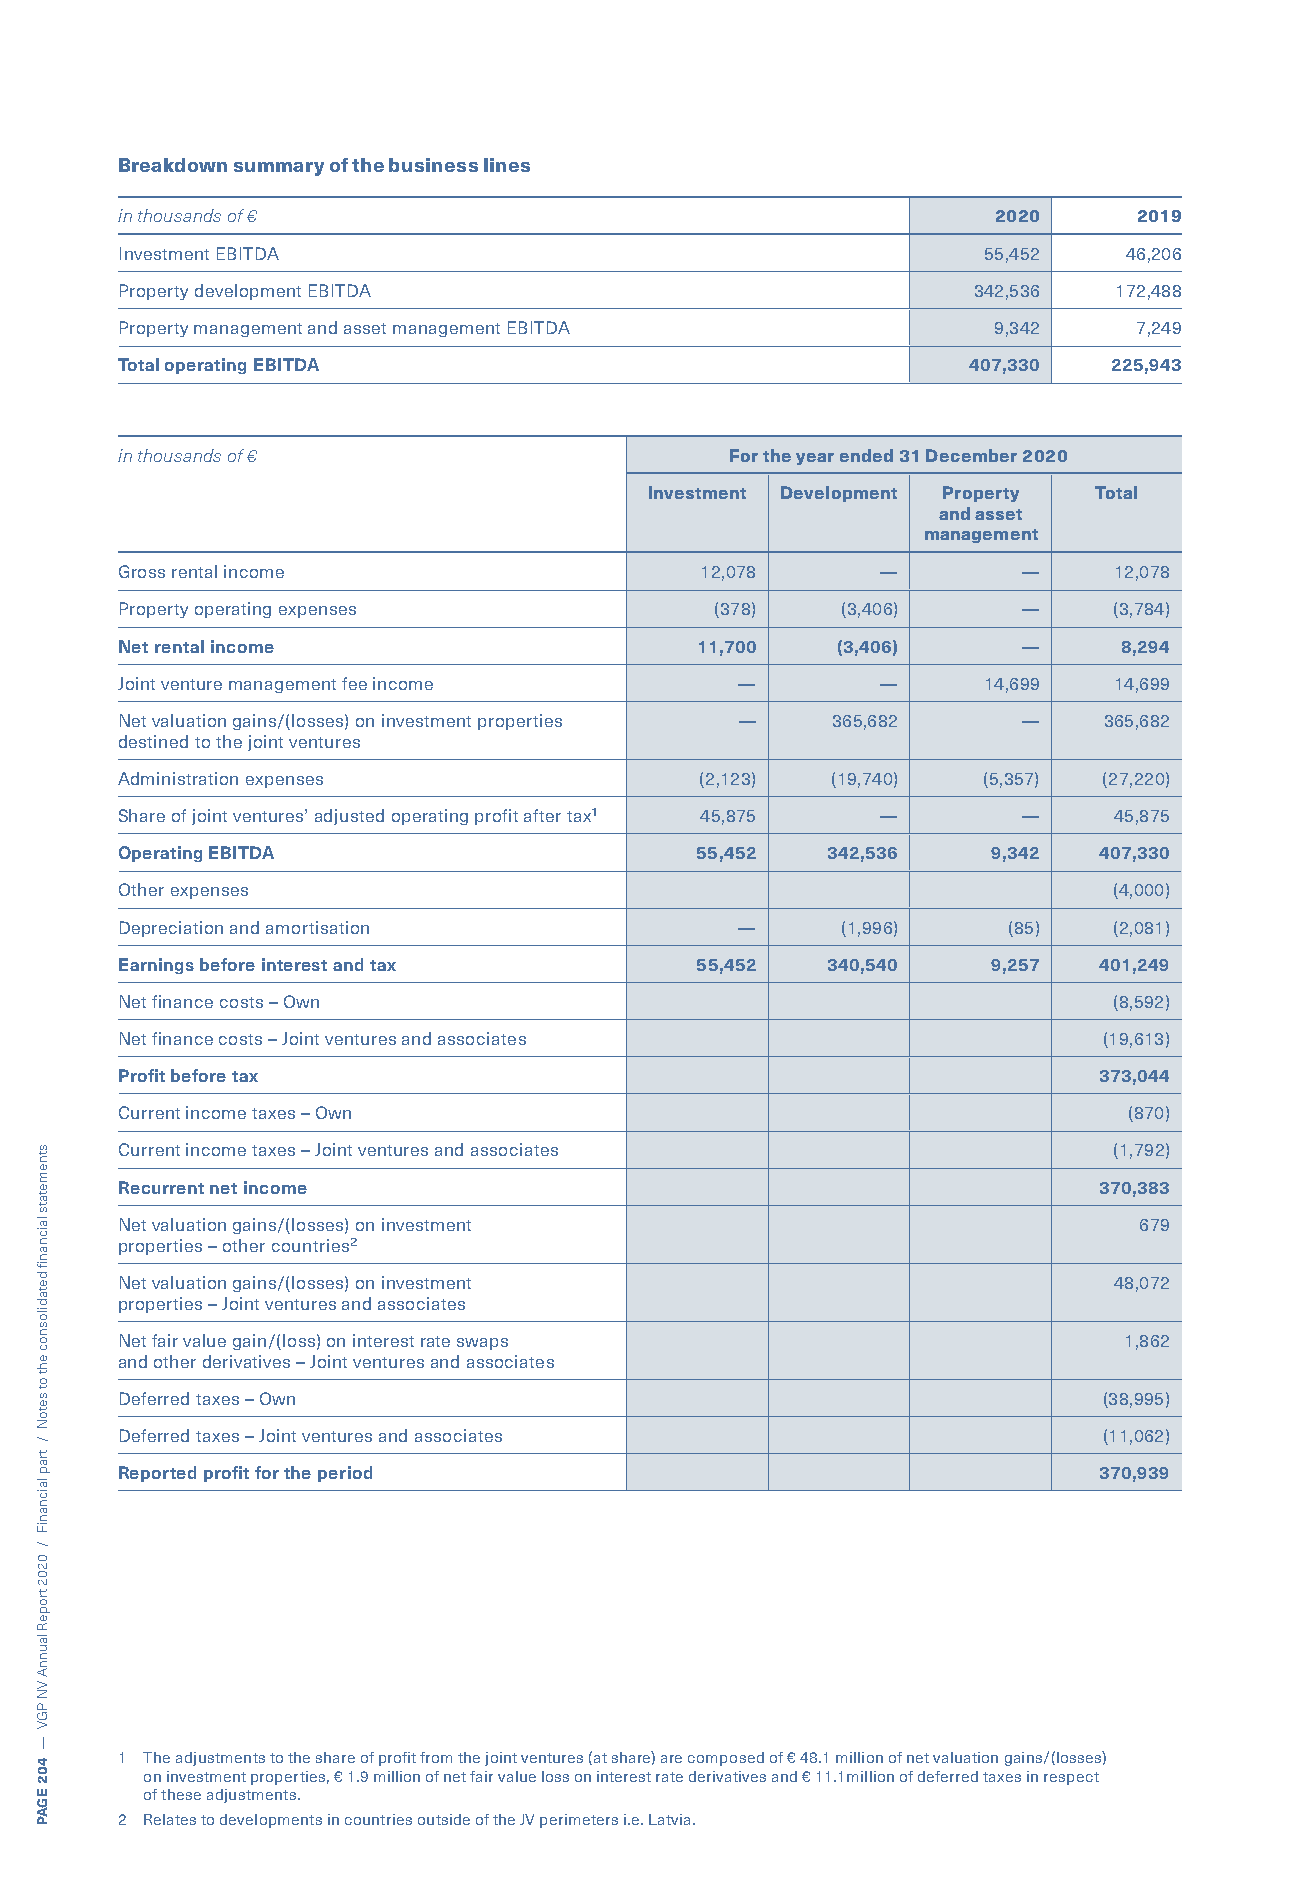
Breakdown summary of the business lines
 in thousands of €                                         2020     2019
 Investment EBITDA                                        55,452   46,206
 Property development EBITDA                             342,536   172,488
 Property management and asset management EBITDA           9,342    7,249
 Total operating EBITDA                                  407,330  225,943
 in thousands of €                       For the year ended 31 December 2020
 Investment Development Property Total
 and asset
 management
 Gross rental income                   12,078      —         —     12,078
 Property operating expenses            (378)    (3,406)     —     (3,784)
 Net rental income                     11,700   (3,406)      —     8,294
 Joint venture management fee income      —        —      14,699   14,699
 Net valuation gains/(losses) on investment properties — 365,682 — 365,682
 destined to the joint ventures
 Administration expenses               (2,123)  (19,740)  (5,357) (27,220)
 Share of joint ventures’ adjusted operating profit after tax¹ 45,875 — — 45,875
 Operating EBITDA                      55,452   342,536    9,342  407,330
 Other expenses                                                    (4,000)
 Depreciation and amortisation            —      (1,996)    (85)   (2,081)
 Earnings before interest and tax      55,452   340,540    9,257  401,249
 Net finance costs – Own                                           (8,592)
 Net finance costs – Joint ventures and associates                (19,613)
 Profit before tax                                                373,044
 Current income taxes – Own                                         (870)
 Current income taxes – Joint ventures and associates              (1,792)
 Recurrent net income                                             370,383
 Net valuation gains/(losses) on investment                         679
 properties – other countries²
 Net valuation gains/(losses) on investment                        48,072
 properties – Joint ventures and associates
 Net fair value gain/(loss) on interest rate swaps                 1,862
 and other derivatives – Joint ventures and associates
 Deferred taxes – Own                                             (38,995)
 Deferred taxes – Joint ventures and associates                   (11,062)
 Reported profit for the period                                   370,939
 1 The adjustments to the share of profit from the joint ventures (at share) are composed of € 48.1 million of net valuation gains/(losses)
 on investment properties, € 1.9 million of net fair value loss on interest rate derivatives and € 11.1million of deferred taxes in respect
 of these adjustments.
 2 Relates to developments in countries outside of the JV perimeters i.e. Latvia.
 stnemetats
 laicnanif
 detadilosnoc
 eht
 ot
 setoN
 /
 trap
 laicnaniF
 /
 0202
 tropeR
 launnA
 VN
 PGV
 —
 402
 EGAP